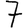
Digit: 7